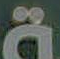
a